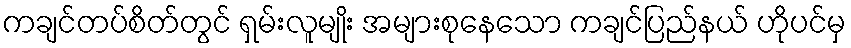
ကချင်တပ်စိတ်တွင် ရှမ်းလူမျိုး အများစုနေသော ကချင်ပြည်နယ် ဟိုပင်မှ